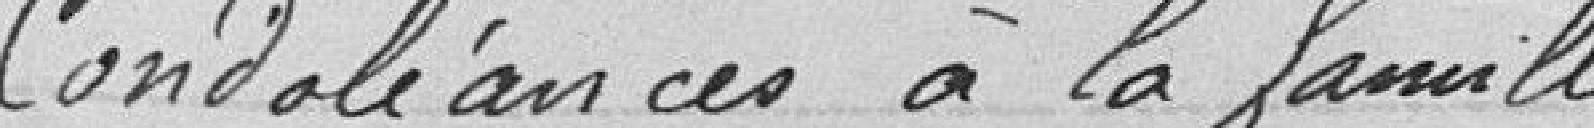
Condoléances à la famille